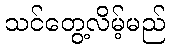
သင်တွေ့လိမ့်မည်